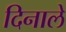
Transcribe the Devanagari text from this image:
दिनाले